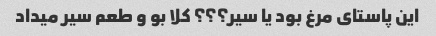
این پاستای مرغ بود یا سیر؟؟؟ کلا بو و طعم سیر میداد